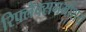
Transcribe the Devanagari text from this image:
रिफ्लेक्सगर्भाशय